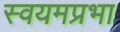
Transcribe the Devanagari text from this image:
स्वयमप्रभा